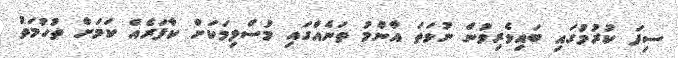
ސިފަ ކުރުމުގައި ބައިވެރިވުން ނުވަތަ އާންމު ތަނެއްގައި މުސްލިމަކަށް ކާފަރެއް ކަމަށް ތުހުމަތު